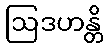
ဩဒဟန္တိ